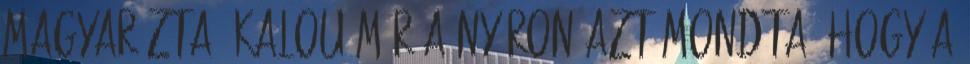
magyarázta. Kalou már a nyáron azt mondta, hogy a